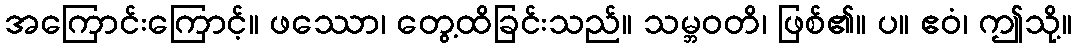
အကြောင်းကြောင့်။ ဖဿော၊ တွေ့ထိခြင်းသည်။ သမ္ဘဝတိ၊ ဖြစ်၏။ ပ။ ဧဝံ၊ ဤသို့။